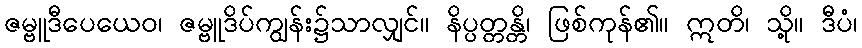
ဇမ္ဗူဒီပေယေဝ၊ ဇမ္ဗူဒိပ်ကျွန်း၌သာလျှင်။ နိပ္ပတ္တန္တိ၊ ဖြစ်ကုန်၏။ ဣတိ၊ သို့။ ဒီပံ၊